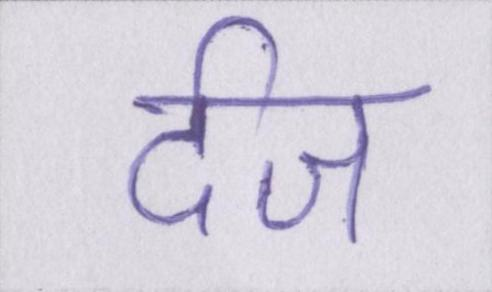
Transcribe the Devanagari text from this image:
र्दज